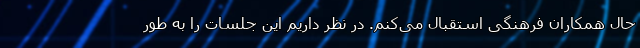
حال همکاران فرهنگی استقبال می‌کنم. در نظر داریم این جلسات را به طور